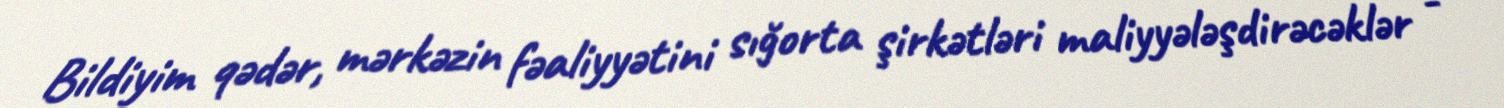
Bildiyim qədər, mərkəzin fəaliyyətini sığorta şirkətləri maliyyələşdirəcəklər -